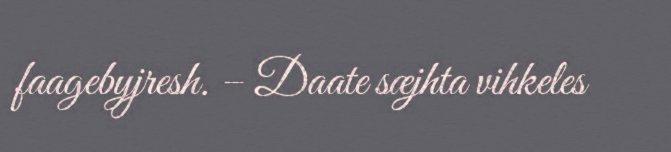
faagebyjresh. – Daate sæjhta vihkeles